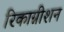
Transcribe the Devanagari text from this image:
रिकाग्नीशन